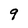
Character: 9